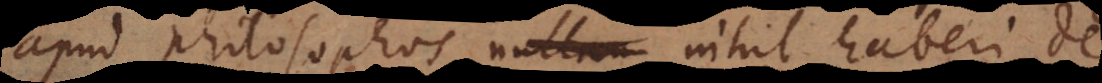
apud philosophos nullum nihil haberi de